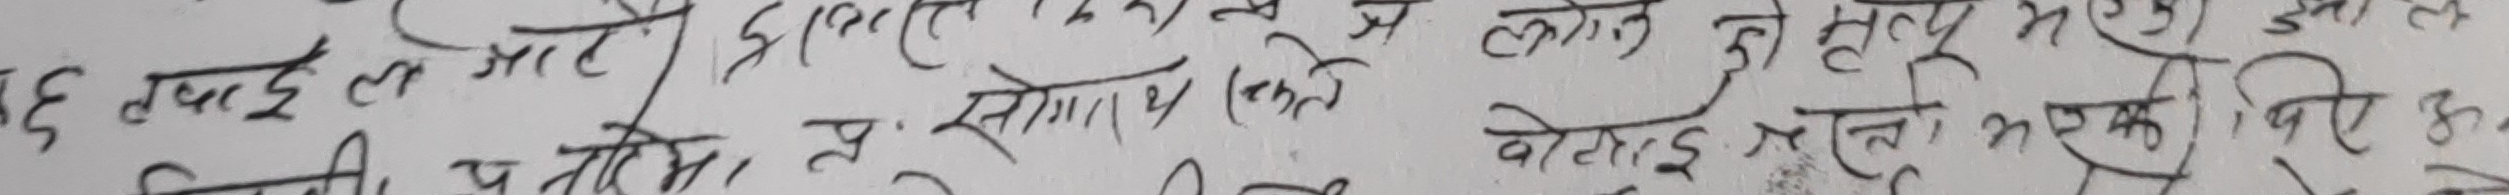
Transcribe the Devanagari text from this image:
६ तक अछूतले जो केहि मूल्य भएको
जिन्दगीमा संशोधन (फरक) बोल्ने मलाई भन